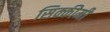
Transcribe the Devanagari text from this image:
सिक्कीमी